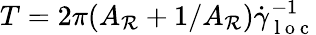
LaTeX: T=2\pi(A_{\mathcal{R}}+1/A_{\mathcal{R}})\dot{{\gamma}}_{\mathrm{{~l~o~c~}}}^{-1}